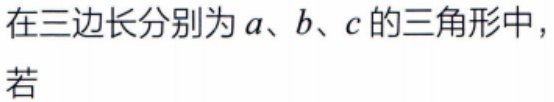
在三边长分别为\(a\)、\(b\)、\(c\)的三角形中，
若